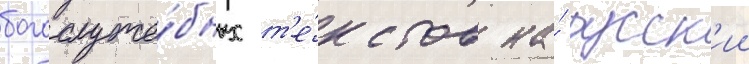
богослуже́бных т'е́кстов на́ русск'ии